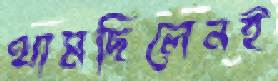
থামছিলেনই